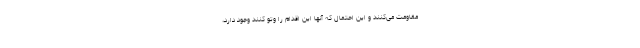
مقاومت می‌کنند و این احتمال که آنها این اقدام را وتو کنند وجود دارد،